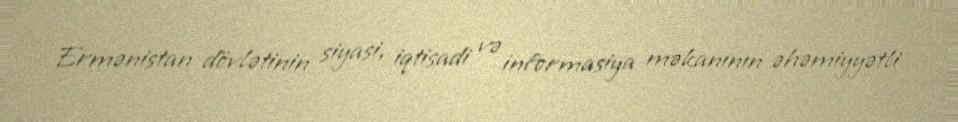
Ermənistan dövlətinin siyasi, iqtisadi və informasiya məkanının əhəmiyyətli